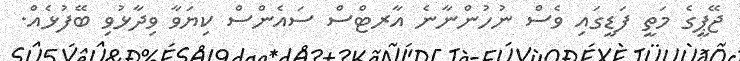
ޖޭޕީގެ މަތީ ފަޑީގައި ވެސް ނުހުންނާނެ އާރޓްސް ސައެންސް ކިޔަވާ ވިދާޅުވި ބޭފުޅެއް.